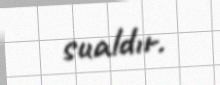
sualdır.